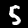
Digit: 5